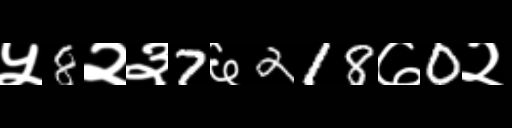
Text: ५8२३7६218७0२